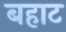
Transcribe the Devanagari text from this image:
बहाट